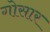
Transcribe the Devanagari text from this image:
गोसार